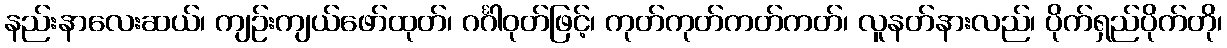
နည်းနာလေးဆယ်၊ ကျဉ်းကျယ်ဖော်ထုတ်၊ ဂင်္ဂါဝုတ်ဖြင့်၊ ကုတ်ကုတ်ကတ်ကတ်၊ လူနတ်နားလည်၊ ပိုက်ရှည်ပိုက်တို၊